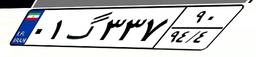
۰۱گ۳۳۷۹۰